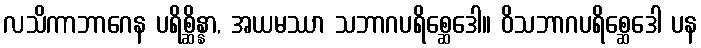
လသိကာဘာဂေန ပရိစ္ဆိန္နာ, အယမဿာ သဘာဂပရိစ္ဆေဒေါ။ ဝိသဘာဂပရိစ္ဆေဒေါ ပန